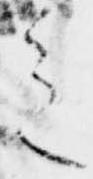
之